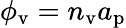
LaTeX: \phi_{\mathrm{v}}=n_{\mathrm{v}}a_{\mathrm{p}}